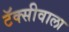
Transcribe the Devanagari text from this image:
टॅक्सीवाला